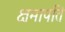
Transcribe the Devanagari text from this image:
क्षमापति